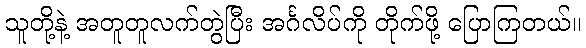
သူတို့နဲ့ အတူတူလက်တွဲပြီး အင်္ဂလိပ်ကို တိုက်ဖို့ ပြောကြတယ်။